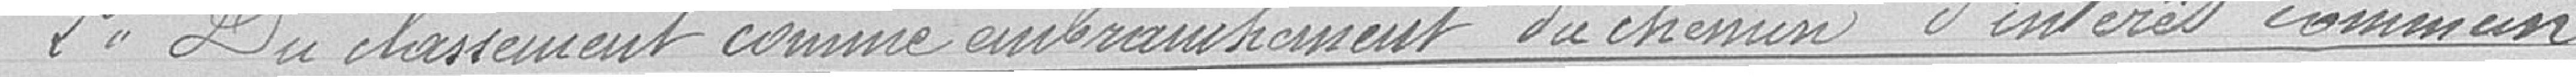
2° Du classement comme embranchement du chemin d'interet commun